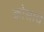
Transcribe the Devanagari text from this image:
कोसाचे